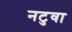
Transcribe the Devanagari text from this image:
नटुवा